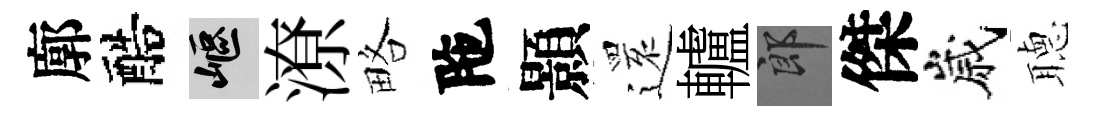
廓醅嶇潦略陁顥𮟃轤郎傑嵗𦗟